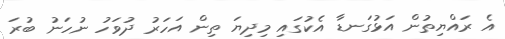
އެ ރައްޔިތުން އަޅުގަނޑާ އެކުގައި މިދިޔަ ތިން އަހަރު ދުވަހު ނުހަނު ބުރަ